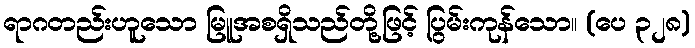
ရာဂတည်းဟူသော မြူအစရှိသည်တို့ဖြင့် ပြွမ်းကုန်သော။ (ပေ ၃၂၈)